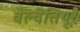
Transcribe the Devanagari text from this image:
वेल्वेत्तिथूरै